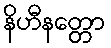
နိဟီနတ္တော